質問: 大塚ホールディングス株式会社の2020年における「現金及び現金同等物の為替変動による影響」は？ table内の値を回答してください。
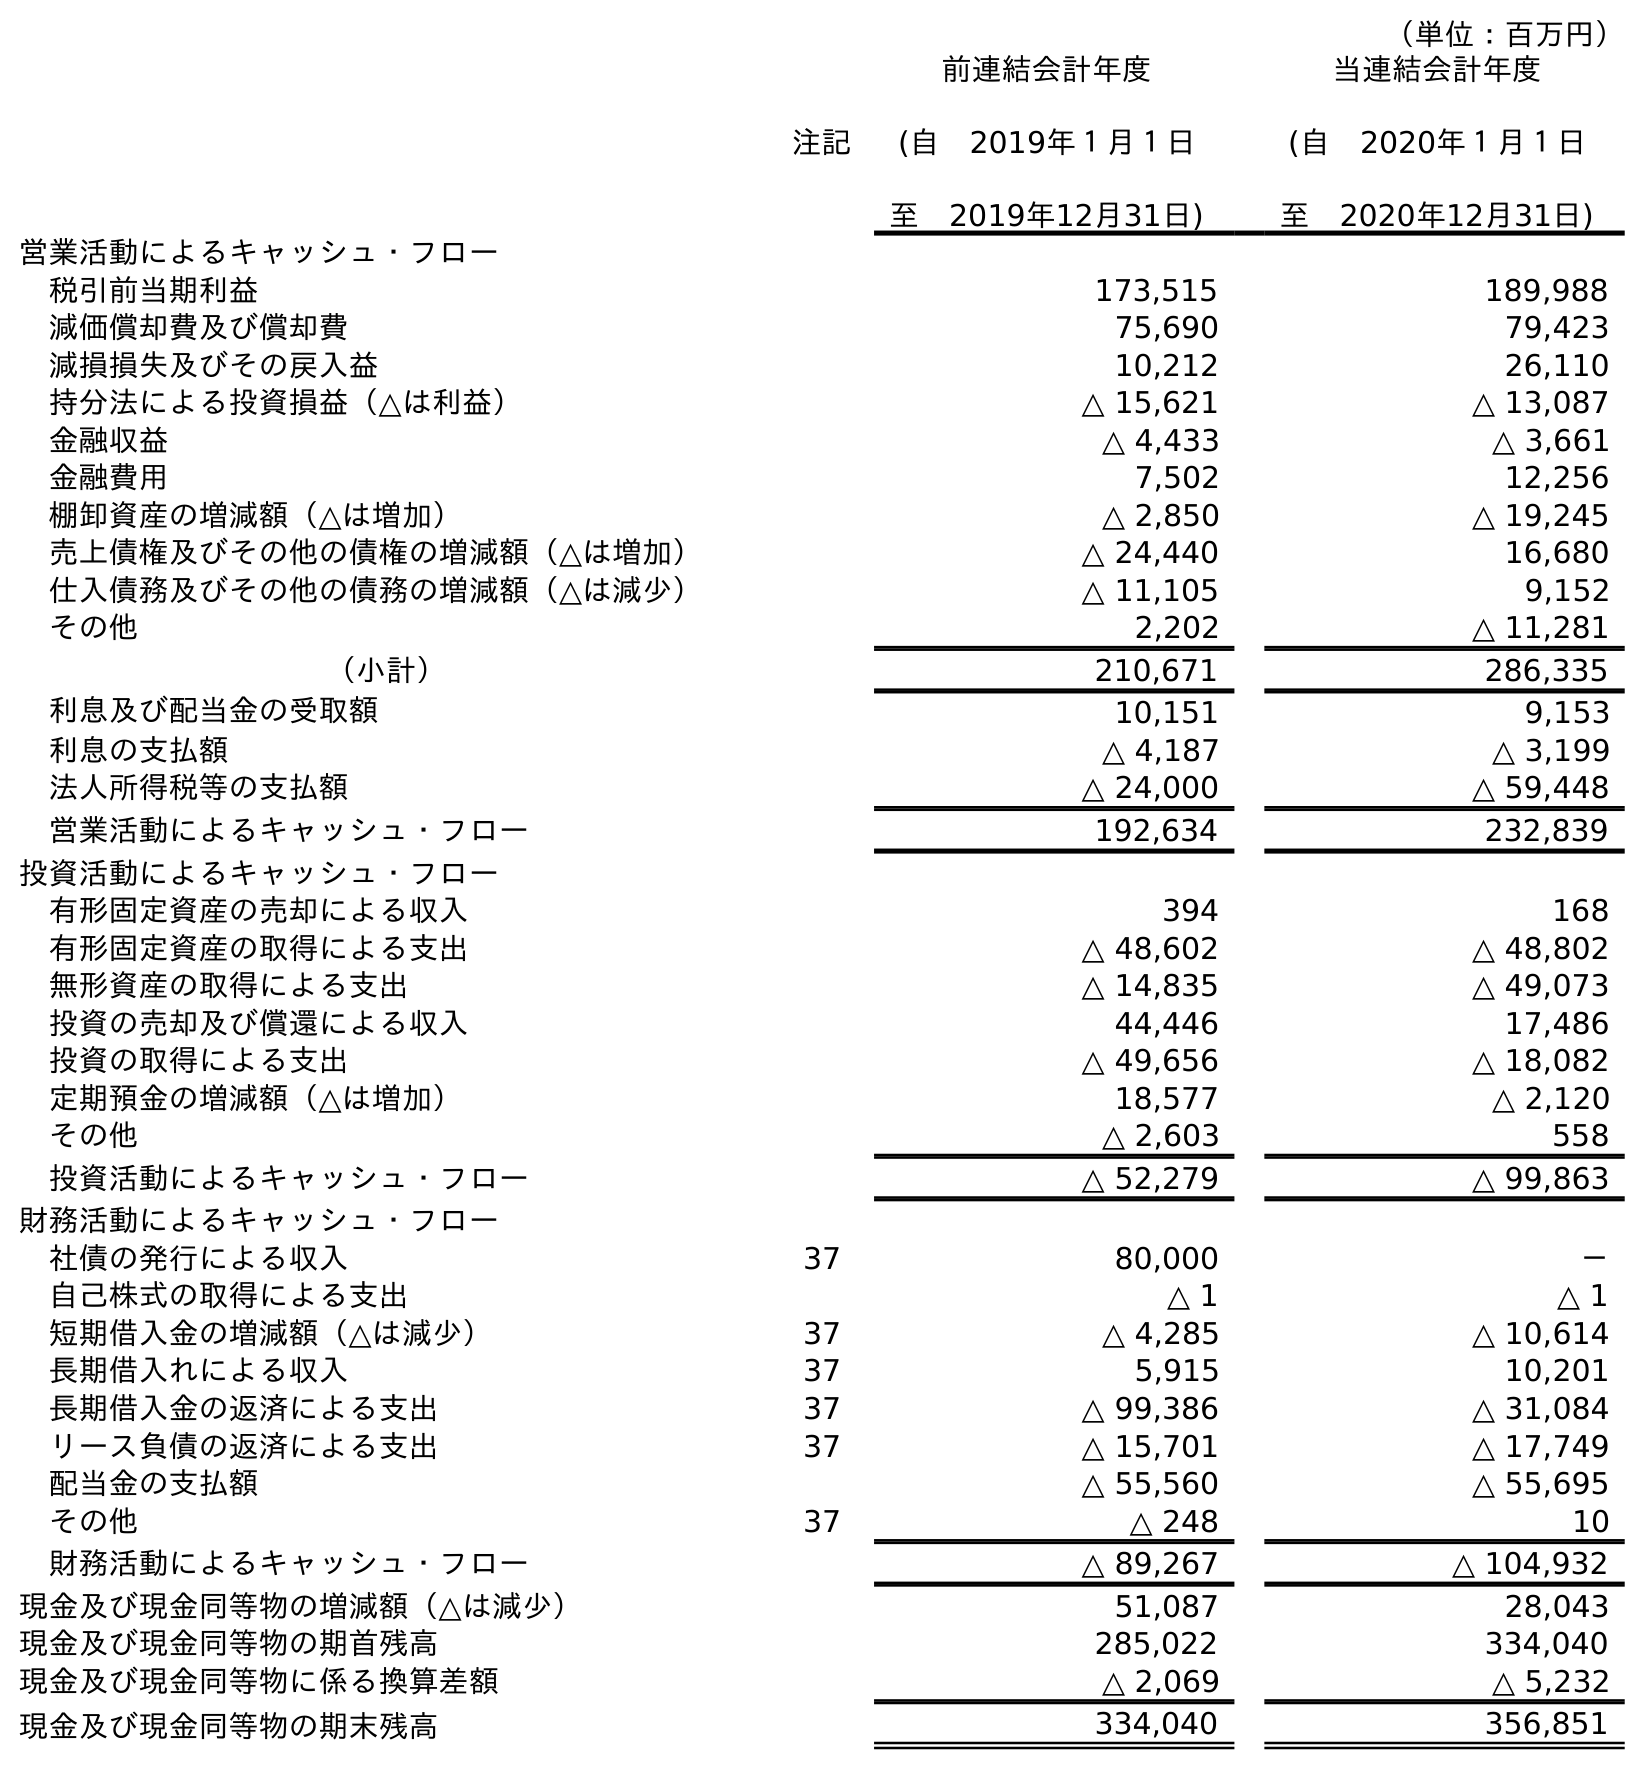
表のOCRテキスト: （単位：百万円） 注記 前連結会計年度 (自 2019年１月１日 至 2019年12月31日) 当連結会計年度 (自 2020年１月１日 至 2020年12月31日) 営業活動によるキャッシュ・フロー 税引前当期利益 173,515 189,988 減価償却費及び償却費 75,690 79,423 減損損失及びその戻入益 10,212 26,110 持分法による投資損益（△は利益） △ 15,621 △ 13,087 金融収益 △ 4,433 △ 3,661 金融費用 7,502 12,256 棚卸資産の増減額（△は増加） △ 2,850 △ 19,245 売上債権及びその他の債権の増減額（△は増加） △ 24,440 16,680 仕入債務及びその他の債務の増減額（△は減少） △ 11,105 9,152 その他 2,202 △ 11,281 （小計） 210,671 286,335 利息及び配当金の受取額 10,151 9,153 利息の支払額 △ 4,187 △ 3,199 法人所得税等の支払額 △ 24,000 △ 59,448 営業活動によるキャッシュ・フロー 192,634 232,839 投資活動によるキャッシュ・フロー 有形固定資産の売却による収入 394 168 有形固定資産の取得による支出 △ 48,602 △ 48,802 無形資産の取得による支出 △ 14,835 △ 49,073 投資の売却及び償還による収入 44,446 17,486 投資の取得による支出 △ 49,656 △ 18,082 定期預金の増減額（△は増加） 18,577 △ 2,120 その他 △ 2,603 558 投資活動によるキャッシュ・フロー △ 52,279 △ 99,863 財務活動によるキャッシュ・フロー 社債の発行による収入 37 80,000 － 自己株式の取得による支出 △ 1 △ 1 短期借入金の増減額（△は減少） 37 △ 4,285 △ 10,614 長期借入れによる収入 37 5,915 10,201 長期借入金の返済による支出 37 △ 99,386 △ 31,084 リース負債の返済による支出 37 △ 15,701 △ 17,749 配当金の支払額 △ 55,560 △ 55,695 その他 37 △ 248 10 財務活動によるキャッシュ・フロー △ 89,267 △ 104,932 現金及び現金同等物の増減額（△は減少） 51,087 28,043 現金及び現金同等物の期首残高 285,022 334,040 現金及び現金同等物に係る換算差額 △ 2,069 △ 5,232 現金及び現金同等物の期末残高 334,040 356,851
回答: △5,232